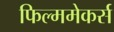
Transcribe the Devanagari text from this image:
फिल्ममेकर्स